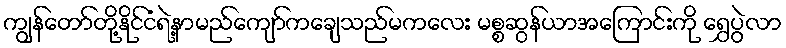
ကျွန်တော်တို့နိုင်ငံရဲ့နာမည်ကျော်ကချေသည်မကလေး မစ္စဆွန်ယာအကြောင်းကို ရွှေပွဲလာ